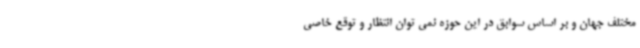
مختلف جهان و بر اساس سوابق در این حوزه نمی توان انتظار و توقع خاصی